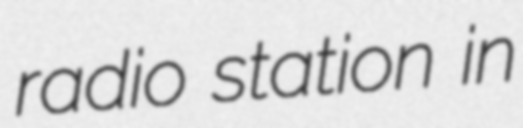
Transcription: radio station in